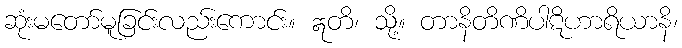
ဆုံးမတော်မူခြင်းလည်းကောင်း။ ဣတိ၊ သို့။ တာနိတိဏိပါဋိဟာရိယာနိ၊